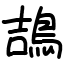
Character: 鴶